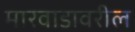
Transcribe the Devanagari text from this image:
मारवाडावरील